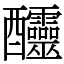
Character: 𨤍